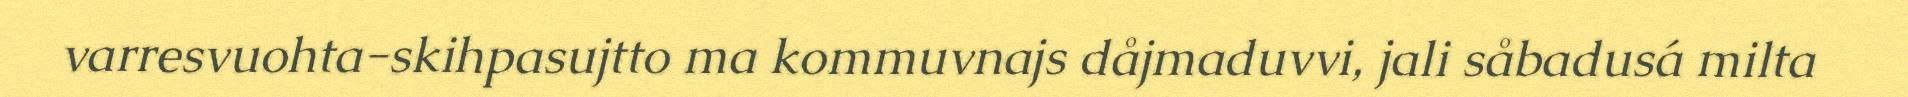
varresvuohta-skihpasujtto ma kommuvnajs dåjmaduvvi, jali såbadusá milta